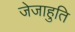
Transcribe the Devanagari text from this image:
जेजाहुति